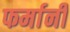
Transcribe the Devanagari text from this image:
फर्मानी